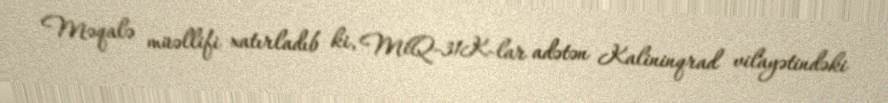
Məqalə müəllifi xatırladıb ki, MiQ-31K-lar adətən Kalininqrad vilayətindəki